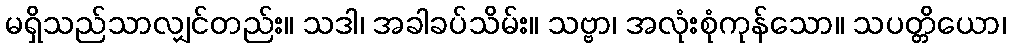
မရှိသည်သာလျှင်တည်း။ သဒါ၊ အခါခပ်သိမ်း။ သဗ္ဗာ၊ အလုံးစုံကုန်သော။ သပတ္တိယော၊